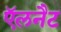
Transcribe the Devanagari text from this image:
ऍलनैट